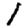
Digit: 1